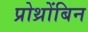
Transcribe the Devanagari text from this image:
प्रोथ्रोंबिन